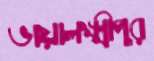
ভায়ালক্ষ্মীপুর